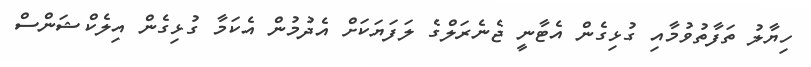
ހިޔާލު ތަފާތުވުމާއި ގުޅިގެން އެޓާނީ ޖެނެރަލްގެ ލަފަޔަކަށް އެދުމުން އެކަމާ ގުޅިގެން އިލެކްޝަންސް